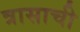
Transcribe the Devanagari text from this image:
त्रासाची